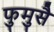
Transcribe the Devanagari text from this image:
फुमुसै